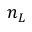
n _ { L }